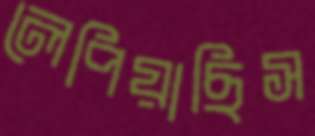
লেপিয়াছিস